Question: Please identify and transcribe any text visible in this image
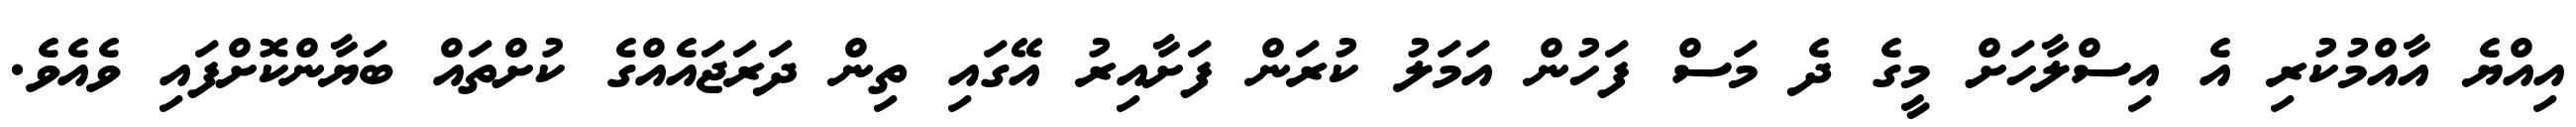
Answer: އިއްޔެ އާއްމުކުރި އެ އިސްލާހަށް މީގެ ދެ މަސް ފަހުން އަމަލު ކުރަން ފަށާއިރު އޭގައި ތިން ދަރަޖައެއްގެ ކުށްތައް ބަޔާންކޮށްފައި ވެއެވެ.